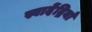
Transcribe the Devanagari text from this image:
स्वादेंद्रियाँ